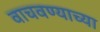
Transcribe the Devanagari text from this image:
वाचवण्याच्या